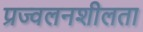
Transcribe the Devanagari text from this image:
प्रज्वलनशीलता